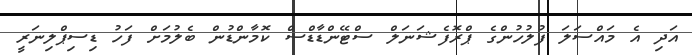
އަދި އެ މައްސަލަ ފުލުހުންގެ ޕްރޮފެޝަނަލް ސްޓޭންޑާޑްސް ކޮމާންޑުން ބެލުމަށް ފަހު ޑިސިޕްލިނަރީ